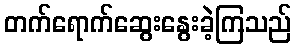
တက်ရောက်ဆွေးနွေးခဲ့ကြသည်